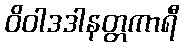
ဝိဝါဒဒါနတ္တကာရီ